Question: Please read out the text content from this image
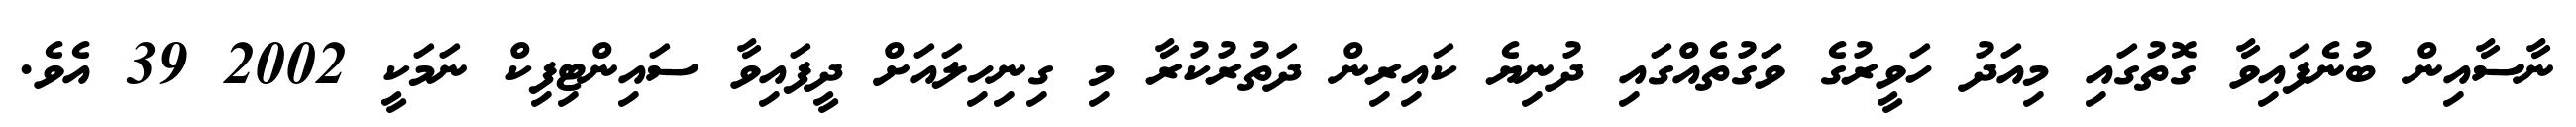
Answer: ނާސާއިން ބުނެފައިވާ ގޮތުގައި މިއަދު ހަވީރުގެ ވަގުތެއްގައި ދުނިޔެ ކައިރިން ދަތުރުކުރާ މި ގިނިހިލައަށް ދީފައިވާ ސައިންޓިފިކް ނަމަކީ 2002 39 އެވެ.